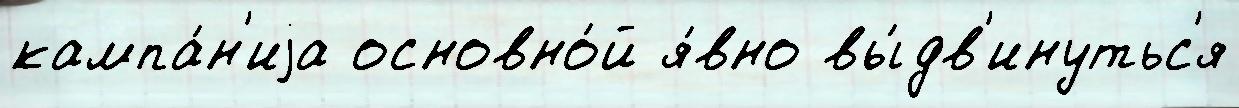
кампа́н'иjа основно́й я́вно вы́дв'инутьс'я